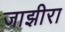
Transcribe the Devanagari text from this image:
जाझीरा